Annual report of the Central Committee of the Association together with the report of the directors of the Pasteur Institute at Kasauli
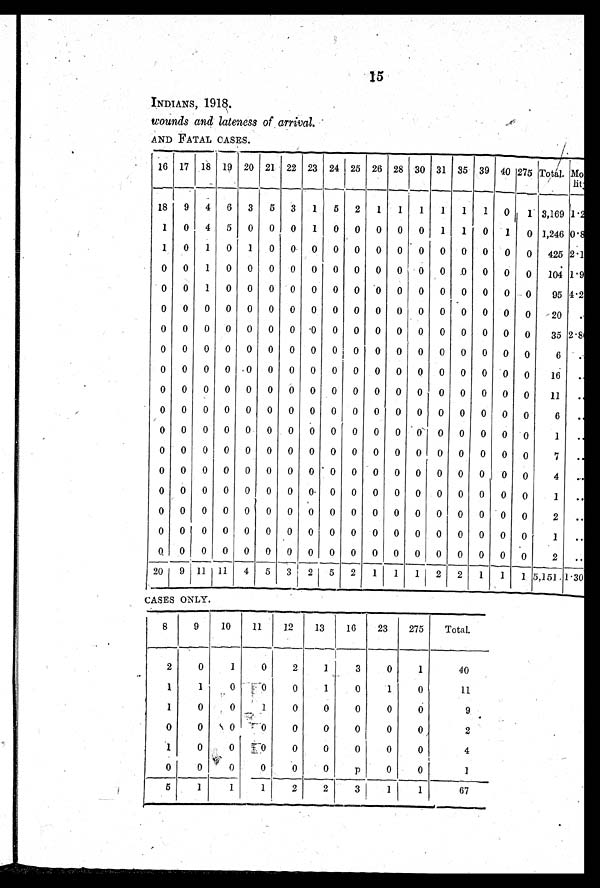
15
INDIANS, 1918.
wounds and lateness of arrival .
AND FATAL CASES.
16 17 18 19 20 21 22 23 24 25 26 28 30 31 35 39 40 275 Total.
M u l t i p l e
18
9
4
6
3
5
3
1
5
2
1
1
1
1
1
1
0
1 3,169 1.2
1
0
4
5
0
0
0
1
0
0
0
0
0
1
1
0
1
0 1,246 0.8
1
0
1
0
1
0
0
0
0
0
0
0
0
0 0
0
0
0
425 2.1
0
0
1
0
0
0
0
0
0
0
0
0
0
0
0
0
0
0
104 1.9
0
0
1
0
0
0
0
0
0
0
0
0
0
0
0
0
0
0
95 4.2
0
0
0
0
0
0
0
0
0
0
0
0
0
0
0
0
0
0
20
..
0
0
0
0
0
0
0
0
0
0
0
0
0
0
0
0 0
0
35 2.8
0
0
0
0
0
0
0
0
0
0
0
0
0
0
0
0 0 0
6
..
0
0
0
0
0
0
0
0
0
0
0
0
0
0
0
0 0
0
16
. .
0
0
0
0
0
0
0
0
0
0
0
0
0
0
0
0 0
0
11
. .
0
0
0
0
0
0
0
0
0
0
0
0
0
0
0
0
0
0
6
. .
0
0
0
0
0
0
0
0
0
0
0
0
0 0
0
0 0
0
1
. .
0
0
0
0
0
0
0
0
0
0
0
0
0
0 0
0
0
0
7
..
0
0
0
0
0
0
0
0
0
0
0
0
0
0 0
0
0 0
4
. .
0
0
0
0
0
0
0 0
0
0
0
0 0
0
0 0
0
0
1
. .
0
0
0
0
0
0
0 0
0
0
0
0
0
0 0
0
0
0
2
..
0
0
0
0
0
0
0 0
0
0
0 0
0 0
0
0
0
0
1
..
0
0
0
0
0
0
0
0
0
0
0
0
0
0
0
0
0 0
2
..
20
9 11 11
4
5
3 2
5
2
1
1
1
2
2
1
1
1 5,151 1.30
CASES ONLY.
8
9
10
11
12
13
16
23
275
Total.
2
0
1
0
2
1
3
0
1
40
1
1
0
0
0
1
0
1
0
11
1
0
0
1
0
0
0
0
0
9
0
0
0
0
0
0
0
0
0
2
1
0
0
0
0
0
0
0
0
4
0
0
0
0
0
0
p
0
0
1
5
1
1
1
2
2
3
1
1
67